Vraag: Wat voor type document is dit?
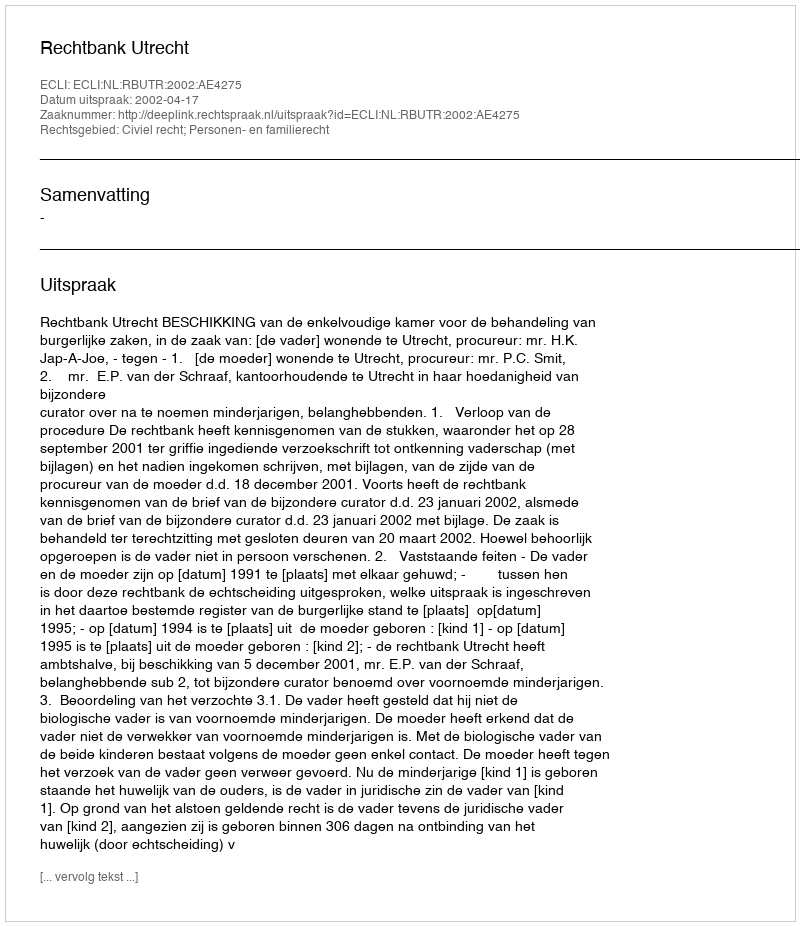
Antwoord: Uitspraak